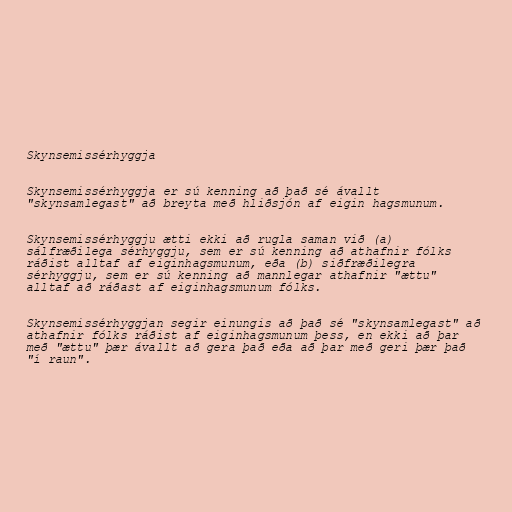
Skynsemissérhyggja

Skynsemissérhyggja er sú kenning að það sé ávallt
"skynsamlegast" að breyta með hliðsjón af eigin hagsmunum.

Skynsemissérhyggju ætti ekki að rugla saman við (a)
sálfræðilega sérhyggju, sem er sú kenning að athafnir fólks
ráðist alltaf af eiginhagsmunum, eða (b) siðfræðilegra
sérhyggju, sem er sú kenning að mannlegar athafnir "ættu"
alltaf að ráðast af eiginhagsmunum fólks.

Skynsemissérhyggjan segir einungis að það sé "skynsamlegast" að
athafnir fólks ráðist af eiginhagsmunum þess, en ekki að þar
með "ættu" þær ávallt að gera það eða að þar með geri þær það
"í raun".